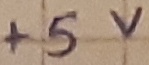
Text: +5V